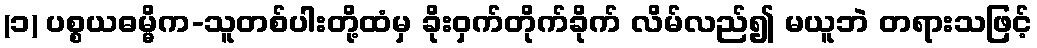
(၁) ပစ္စယဓမ္မိက-သူတစ်ပါးတို့ထံမှ ခိုးဝှက်တိုက်ခိုက် လိမ်လည်၍ မယူဘဲ တရားသဖြင့်